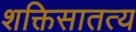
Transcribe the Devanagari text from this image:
शक्तिसातत्य